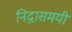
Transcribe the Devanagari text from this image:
निद्नासमयीं